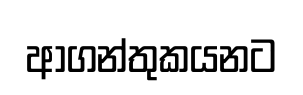
ආගන්තුකයනට